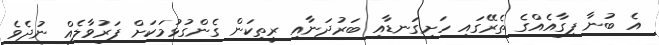
އެ ބުނާ ފިގާއެއްގެ ތެރޭގައި ހަށިގަނޑާއި ބަރުދަނާއި ރީތިކަން ގެންގުޅުމަކަށް ފަރުވާލެއް ނުދެވެ